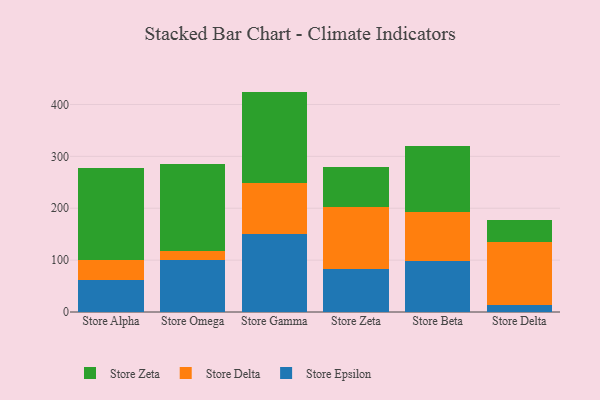
{"axis": {"x": "Store", "y": "Customer Acquisition Cost (USD)"}, "legend": ["Store Delta", "Store Epsilon", "Store Zeta"], "data": [{"x": "Store Alpha", "y": 61.6, "type": "Store Epsilon"}, {"x": "Store Alpha", "y": 38.1, "type": "Store Delta"}, {"x": "Store Alpha", "y": 178.6, "type": "Store Zeta"}, {"x": "Store Omega", "y": 100.3, "type": "Store Epsilon"}, {"x": "Store Omega", "y": 16.8, "type": "Store Delta"}, {"x": "Store Omega", "y": 167.9, "type": "Store Zeta"}, {"x": "Store Gamma", "y": 150.2, "type": "Store Epsilon"}, {"x": "Store Gamma", "y": 97.8, "type": "Store Delta"}, {"x": "Store Gamma", "y": 176.8, "type": "Store Zeta"}, {"x": "Store Zeta", "y": 82.3, "type": "Store Epsilon"}, {"x": "Store Zeta", "y": 121.0, "type": "Store Delta"}, {"x": "Store Zeta", "y": 76.2, "type": "Store Zeta"}, {"x": "Store Beta", "y": 98.0, "type": "Store Epsilon"}, {"x": "Store Beta", "y": 94.9, "type": "Store Delta"}, {"x": "Store Beta", "y": 127.7, "type": "Store Zeta"}, {"x": "Store Delta", "y": 13.5, "type": "Store Epsilon"}, {"x": "Store Delta", "y": 122.3, "type": "Store Delta"}, {"x": "Store Delta", "y": 42.3, "type": "Store Zeta"}]}